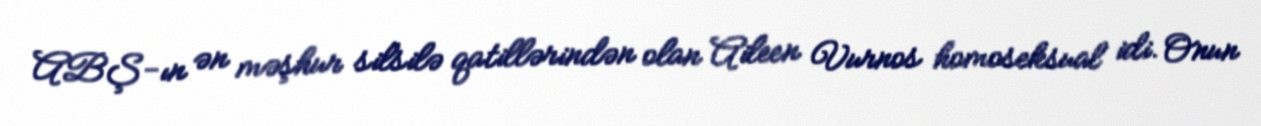
ABŞ-ın ən məşhur silsilə qatillərindən olan Aileen Vurnos homoseksual idi. Onun